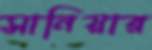
সানিয়ার